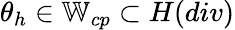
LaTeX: \theta_{h}\in\mathbb{W}_{cp}\subset H(div)